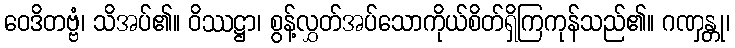
ဝေဒိတဗ္ဗံ၊ သိအပ်၏။ ဝိဿဋ္ဌာ၊ စွန့်လွှတ်အပ်သောကိုယ်စိတ်ရှိကြကုန်သည်၏။ ဂဏှန္တု၊